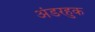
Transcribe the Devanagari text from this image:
अंडरहुक